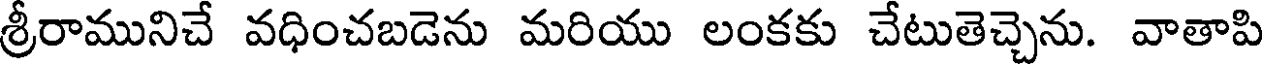
శ్రీరామునిచే వధించబడెను మరియు లంకకు చేటుతెచ్చెను. వాతాపి